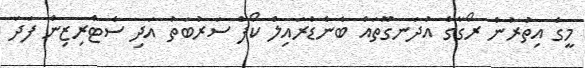
މީގެ އިތުރުން ރޯގާގެ އުދަނގޫތައް ބެނެޑްރައިލް ކޯފް ސަރުބަތު އަދި ސެޓްރިޒިން ފަދަ